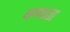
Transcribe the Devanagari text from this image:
गणवता